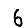
Digit: 6